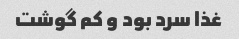
غذا سرد بود و کم گوشت